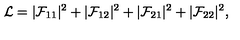
{ \cal L } = | { \cal F } _ { 1 1 } | ^ { 2 } + | { \cal F } _ { 1 2 } | ^ { 2 } + | { \cal F } _ { 2 1 } | ^ { 2 } + | { \cal F } _ { 2 2 } | ^ { 2 } ,